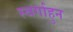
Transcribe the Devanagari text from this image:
स्वर्गाहुन